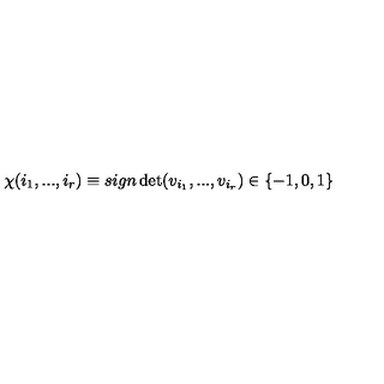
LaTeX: \chi ( i _ { 1 } , . . . , i _ { r } ) \equiv s i g n \det ( v _ { i _ { 1 } } , . . . , v _ { i _ { r } } ) \in \{ - 1 , 0 , 1 \}